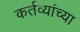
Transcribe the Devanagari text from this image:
कर्तव्यांच्या